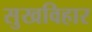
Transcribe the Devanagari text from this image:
सुखविहार